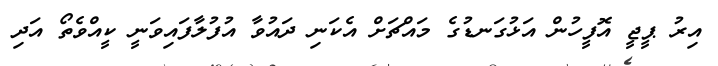
އިރު ޕީޖީ އޮފީހުން އަޅުގަނޑުގެ މައްޗަށް އެކަނި ދައުވާ އުފުލާފައިވަނީ ކީއްވެތޯ އަދި